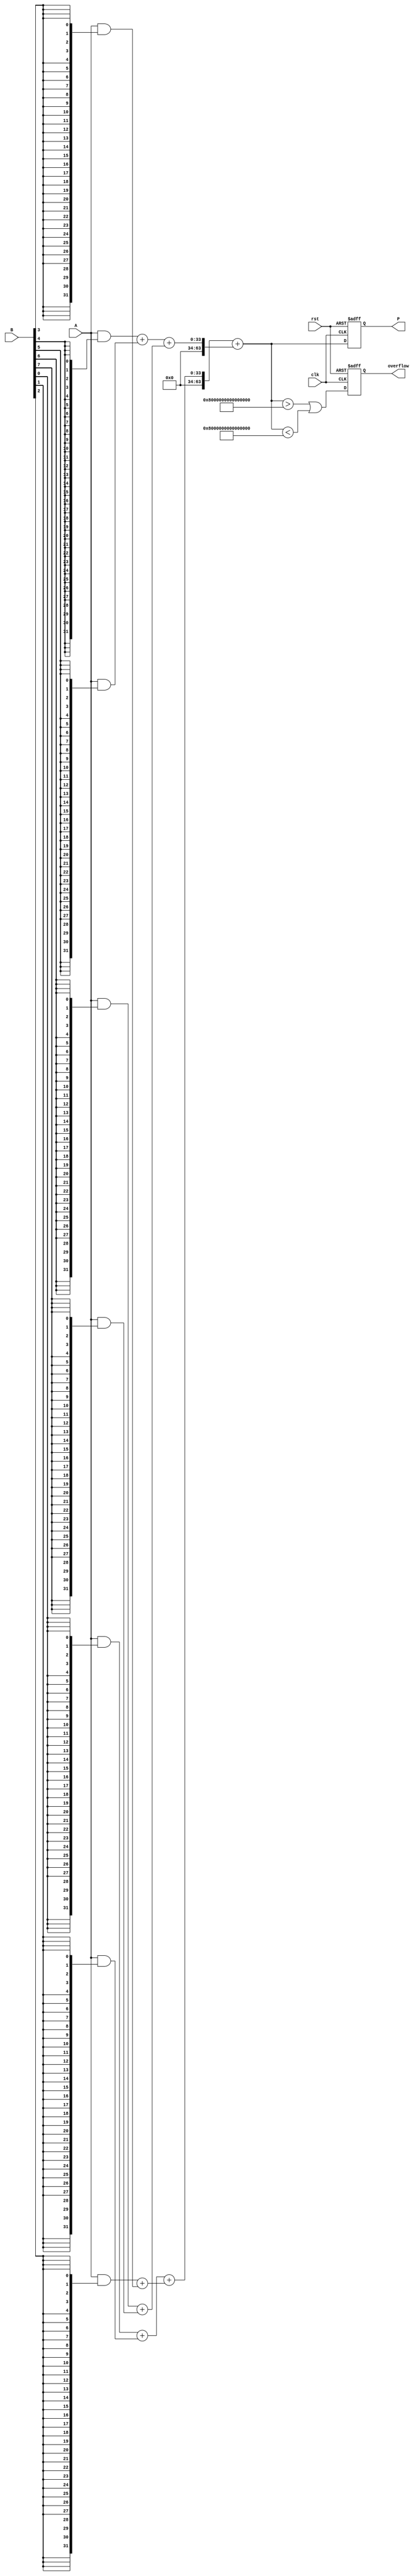
module FixedPointWallaceTreeMultiplier #(
    parameter INT_BITS = 16, // Integer bits
    parameter FRAC_BITS = 16, // Fractional bits
    parameter TOTAL_BITS = INT_BITS + FRAC_BITS // Total bits for fixed-point representation
)(
    input clk,
    input rst,
    input signed [TOTAL_BITS-1:0] A, // Multiplicand
    input signed [TOTAL_BITS-1:0] B, // Multiplier
    output reg signed [2*TOTAL_BITS-1:0] P, // Product
    output reg overflow // Overflow flag
);
    
    // Internal signals for partial products and their sums
    wire [TOTAL_BITS-1:0] pp [0:TOTAL_BITS-1]; // Partial products
    wire [2*TOTAL_BITS-1:0] sum_level1[0:TOTAL_BITS/2]; // First level sums
    wire [2*TOTAL_BITS-1:0] sum_level2[0:TOTAL_BITS/4]; // Second level sums
    wire [2*TOTAL_BITS-1:0] final_sum; // Final sum

    // Generate Partial Products
    genvar i;
    generate
        for (i = 0; i < TOTAL_BITS; i = i + 1) begin : pp_gen
            assign pp[i] = A & {TOTAL_BITS{B[i]}}; // Generate partial products
        end
    endgenerate

    // Wallace Tree Reduction
    // Stage 1: First Reduction Level
    generate
        for (i = 0; i < TOTAL_BITS; i = i + 2) begin: reduction1
            if (i < TOTAL_BITS-1) begin
                assign sum_level1[i/2] = pp[i] + pp[i+1]; // Sum of pairs
            end else begin
                assign sum_level1[i/2] = pp[i]; // Last element if odd
            end
        end
    endgenerate
    
    // Stage 2: Second Reduction Level
    generate
        for (i = 0; i < (TOTAL_BITS/2); i = i + 2) begin: reduction2
            if (i < TOTAL_BITS/2-1) begin
                assign sum_level2[i/2] = sum_level1[i] + sum_level1[i+1]; // Sum of pairs
            end else begin
                assign sum_level2[i/2] = sum_level1[i]; // Last element if odd
            end
        end
    endgenerate

    // Final Addition
    assign final_sum = sum_level2[0] + sum_level2[1]; // Sum the last two levels

    // Register Outputs & Handle Overflow
    always @(posedge clk or posedge rst) begin
        if (rst) begin
            P <= 0;
            overflow <= 0;
        end else begin
            P <= final_sum; // Store final product
            overflow <= (final_sum > {1'b0, {(2*TOTAL_BITS-1){1'b1}}}) || (final_sum < {1'b1, {(2*TOTAL_BITS-1){1'b0}}}); // Check for overflow
        end
    end

endmodule